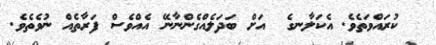
ކުރައްވަތެވެ. އެކަލާނގެ  އަށް ބަދަލެއްގެންނާނޭ އެއްވެސް ފަރާތެއް ނުވެތެވެ.